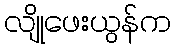
လျိုဖေးယွန်က